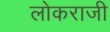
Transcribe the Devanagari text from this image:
लोकराजी